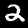
Digit: 2